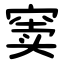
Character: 窦